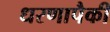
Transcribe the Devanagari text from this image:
धरणापैकी